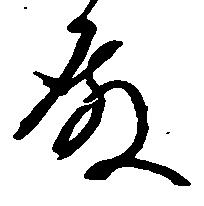
殿